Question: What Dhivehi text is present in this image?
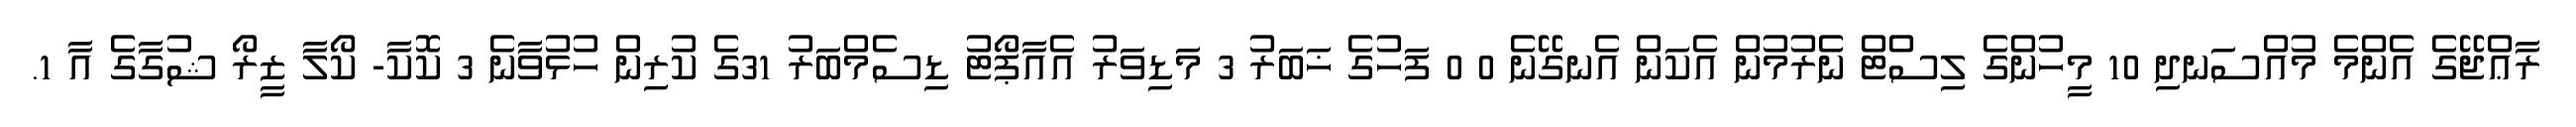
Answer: ރާޢްޖޭގެ އެންމެ މުއްސަނދި 10 މީހުންގެ ލިސްޓް ނެރުމުން އެކަން އެނގޭނެ 0 0 ފަހުގެ ޚަބަރު 3 މަޑިވަރު އެއާޕޯޓު ޑިސެމްބަރު 31ގެ ކުރިން ހުޅުވާނެ 3 ކޮކާ- ކޯލާ ޒީރޯ ޝުގާގެ އާ 1.